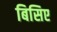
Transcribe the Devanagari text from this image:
बिसिए